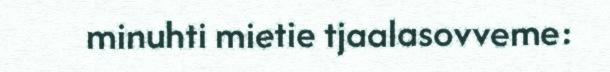
minuhti mietie tjaalasovveme: